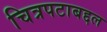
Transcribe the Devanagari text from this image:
चित्रपटाबद्दल